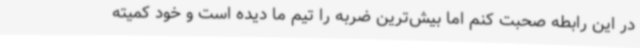
در این رابطه صحبت کنم اما بیش‌ترین ضربه را تیم ما دیده است و خود کمیته